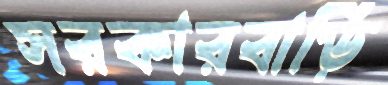
সরকারবাড়ি